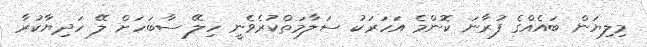
މިލިޔަން ބައެއްގެ ފުރާނަ ކޮންމެ އަހަރަކު ސަލާމަތްކުރެވެނީ ހިލޭ ސާބަހަށް ލޭ ހަދިޔާކުރާ